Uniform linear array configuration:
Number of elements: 12
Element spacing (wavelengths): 0.5
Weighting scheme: cosine
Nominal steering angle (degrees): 60
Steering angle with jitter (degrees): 61.085
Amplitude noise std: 0.05
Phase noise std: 0.05

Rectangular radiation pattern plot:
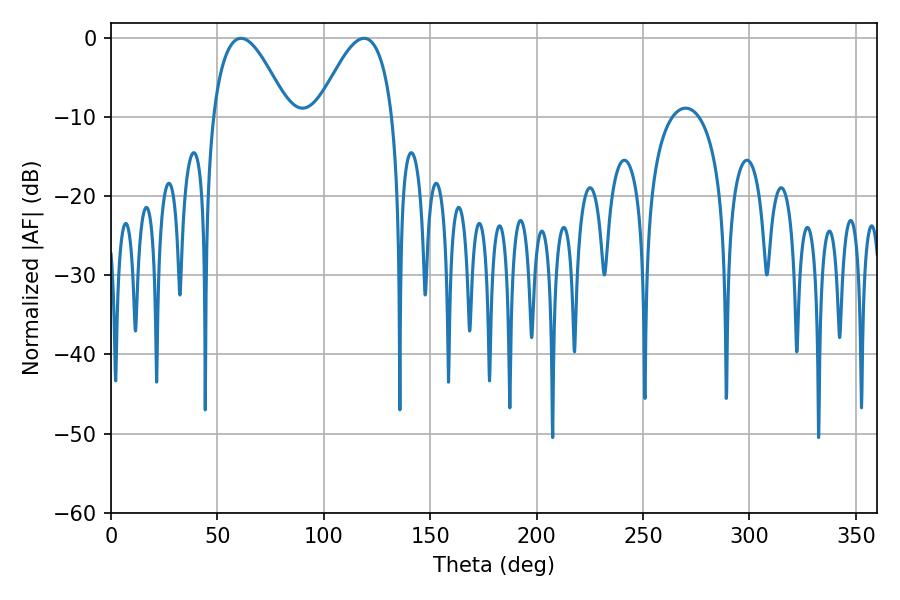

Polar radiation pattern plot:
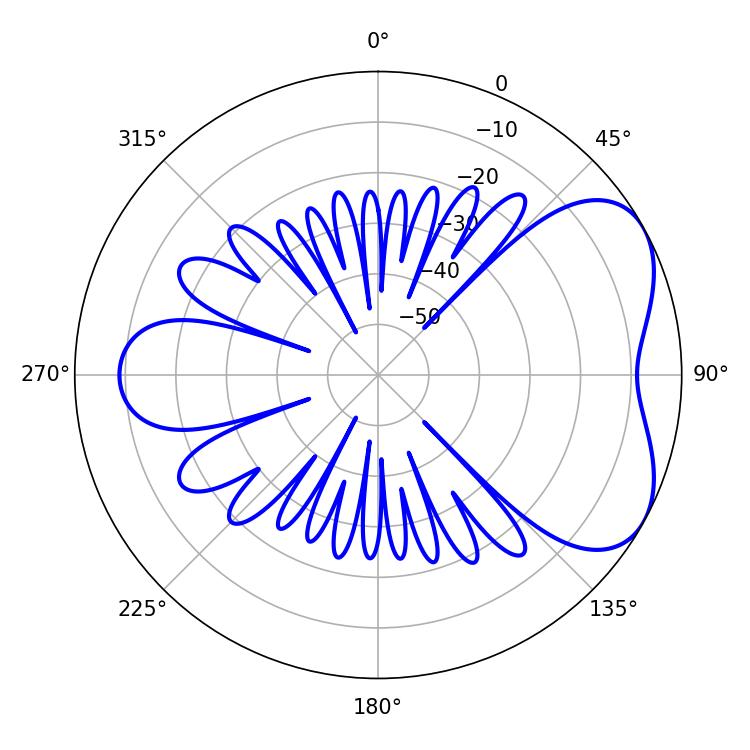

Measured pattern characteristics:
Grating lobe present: FALSE
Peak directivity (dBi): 5.096
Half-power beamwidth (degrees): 19.26
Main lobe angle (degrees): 61.02